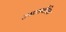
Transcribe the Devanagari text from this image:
उष्मास्थैतिक